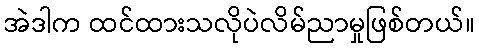
အဲဒါက ထင်ထားသလိုပဲလိမ်ညာမှုဖြစ်တယ်။